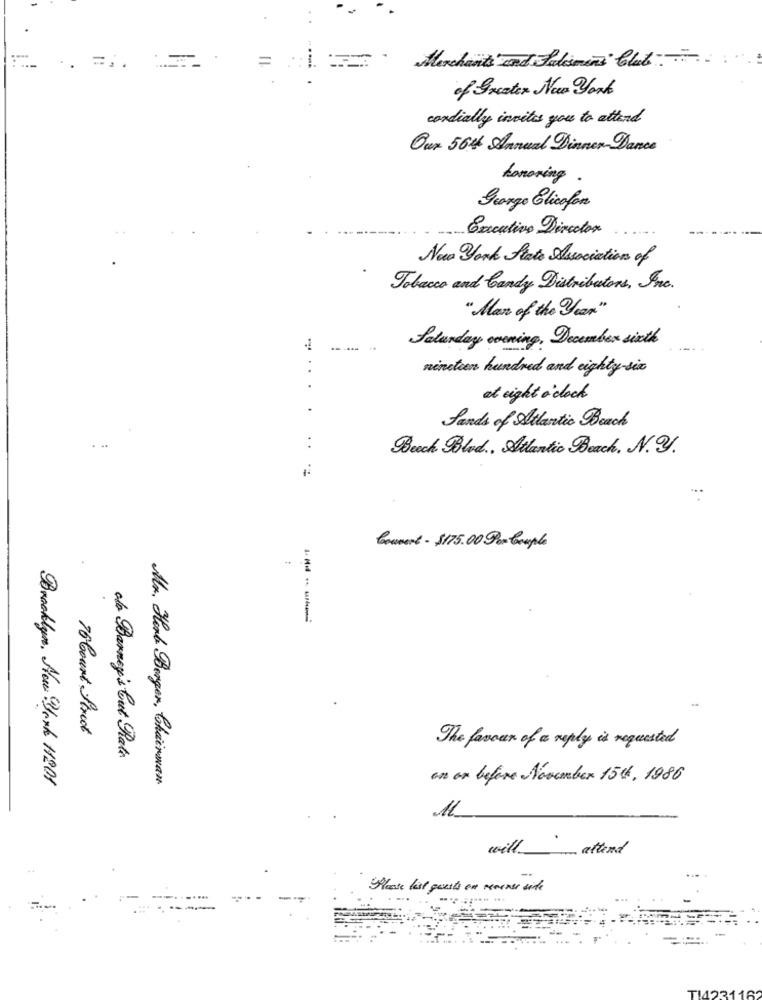
=
Merchants and Falsmen's Club : ... .
of Greater New York
cordially invites you to attend
Our 56th Annual Dinner Dance
honoring
George Elicofon
Executivo Director
New York State Association of
Tobacco and Candy Distributors, Inc.
"Mar of the year"
Saturday evening, December sixth
---
nineteen hundred and eighty six
et eight o'clock
Hands of Atlantic Beach
..
Beech Blod. Atlantic Beach, N.Y.
Couvert - $175.00 Por Couple
--- -
76 Court Street
Barney's Cut Rate
The favour of a reply is requested
Brooklyn, New York HOO!
Mr. Hond Borger, Chairman
en an before November 15th, 1986
11
will_ attend
Please list guests en meeres site